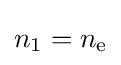
{\textstyle n_{1}=n_{\text{e}}}